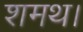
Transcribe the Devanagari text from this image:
शमथ।